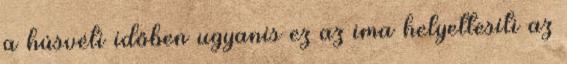
a húsvéti időben ugyanis ez az ima helyettesíti az